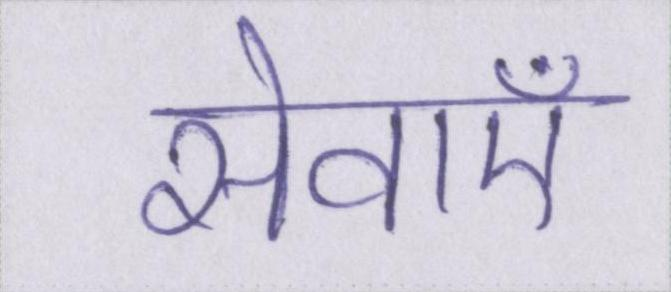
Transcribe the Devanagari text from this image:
सेवाऍं